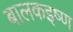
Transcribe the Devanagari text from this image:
बालकइष्ण